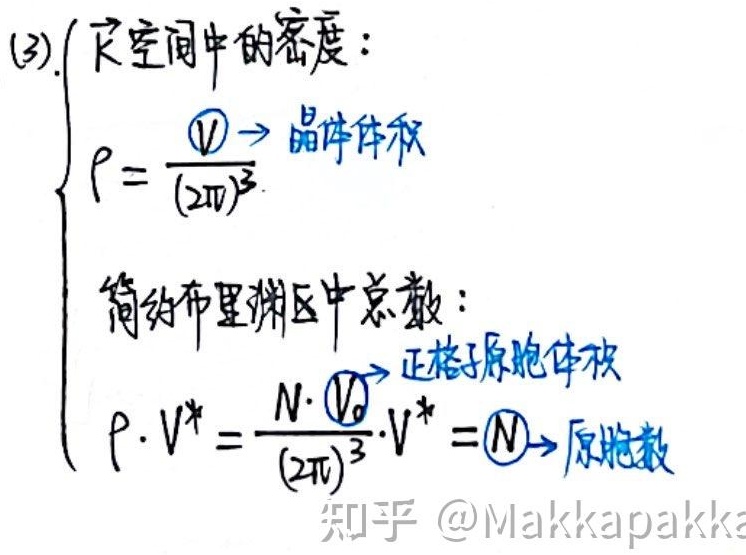
(3). $\vec{k}$空间中的密度：
\[
\begin{cases}
\rho = \frac{V}{(2\pi)^3} & \text{，其中 } V \text{ 为晶体体积}\\
\text{简约布里渊区中总数：}\\
\rho\cdot V^* = \frac{N\cdot V_0}{(2\pi)^3}\cdot V^* = N & \text{，其中 } V_0 \text{ 为正格子原胞体积，} N \text{ 为原胞数}
\end{cases}
\]
知乎 @Makkapakka